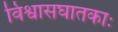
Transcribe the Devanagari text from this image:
विश्वासघातकाः